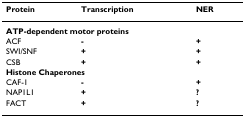
| Protein | Transcription | NER |
 | --- | --- | --- |
 | <COLSPAN=3> ATP-dependent motor proteins |
 | ACF | - | + |
 | SWI/SNF | + | + |
 | CSB | + | + |
 | <COLSPAN=3> Histone Chaperones |
 | CAF-1 | - | + |
 | NAP1L1 | + | ? |
 | FACT | + | ? |